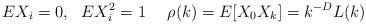
LaTeX: \begin{align*}E X_i =0, \ \ EX_i^2 =1 \ \ \ \ \rho (k) = E[ X_0 X_k ] = k^{-D} L(k)\end{align*}